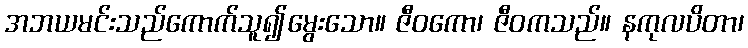
အဘယမင်းသည်ကောက်သူ၍မွေးသော။ ဇီဝကော၊ ဇီဝကသည်။ နကုလပိတာ၊